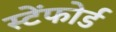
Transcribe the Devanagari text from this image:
स्टेंफोर्ड